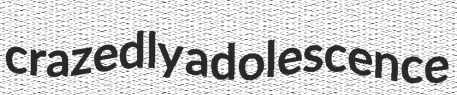
crazedly adolescence